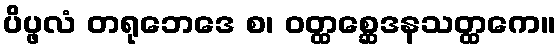
ပိပ္ဖလံ တရုဘေဒေ စ၊ ဝတ္ထစ္ဆေဒနသတ္ထကေ။